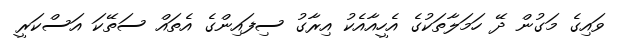
ވައިގެ މަގުން ދޭ ހަމަލާތަކުގެ އެހީއާއެކު އިރާގު ސިފައިންގެ އެތައް ސަތޭކަ އަސްކަރީ